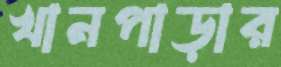
খানপাড়ার